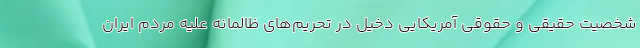
شخصیت حقیقی و حقوقی آمریکایی دخیل در تحریم‌های ظالمانه علیه مردم ایران